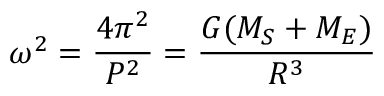
\omega ^ { 2 } = { \frac { 4 \pi ^ { 2 } } { P ^ { 2 } } } = { \frac { G ( M _ { S } + M _ { E } ) } { R ^ { 3 } } }